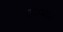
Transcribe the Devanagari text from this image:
औरमाल